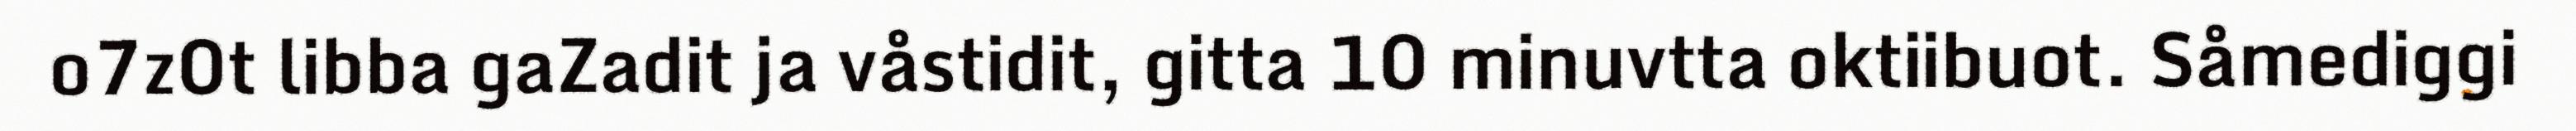
o7z0t libba gaZadit ja våstidit, gitta 10 minuvtta oktiibuot. Såmediggi